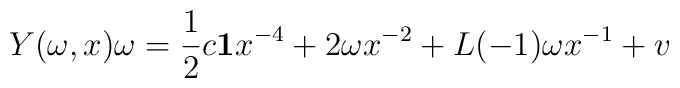
Y(\omega ,x)\omega = {1\over 2} c {\bf 1}x^{-4} +2\omega x^{-2} + L(-1)\omega x^{-1} + v